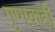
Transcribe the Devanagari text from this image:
गुणकही